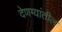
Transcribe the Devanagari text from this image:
देणग्यांतील